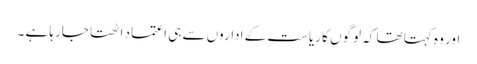
اور وہ کہتا تھا کہ لوگوں کا ریاست کے اداروں سے ہی اعتماد اٹھتا جارہا ہے ۔